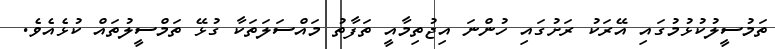
ތަމުސީލުކުޅުމުގައި އޭރަކު ރަށުގައި ހުންނަ އިޖުތިމާއީ ތަފާތު މައްސަލަތަކާ ގުޅޭ ތަމްސީލުތައް ކުޅެއެވެ.